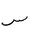
Letter: _sin